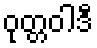
ဝုတ္တဝါဒီ